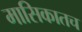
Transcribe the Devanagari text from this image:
मासिकातच